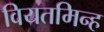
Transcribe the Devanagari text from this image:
वियतमिन्ह